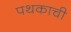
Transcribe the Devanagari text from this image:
पथकाची